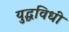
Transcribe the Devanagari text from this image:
युद्धविधी